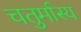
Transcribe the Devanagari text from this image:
चतुर्मास्य